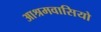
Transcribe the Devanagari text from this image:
आश्रमवासियो